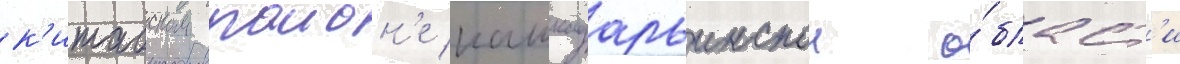
к'итабском раион'е кашкадарьинскои о́бласт'и